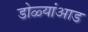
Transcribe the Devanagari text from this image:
डोळ्यांआड